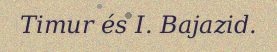
Timur és I. Bajazid.